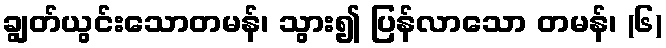
ချွတ်ယွင်းသောတမန်၊ သွား၍ ပြန်လာသော တမန်၊ (၆)